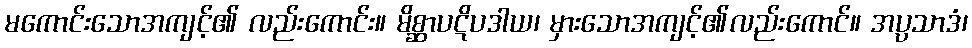
မကောင်းသောအကျင့်၏ လည်းကောင်း။ မိစ္ဆာပဋိပဒါယ၊ မှားသောအကျင့်၏လည်းကောင်။ အပ္ပသာဒံ၊